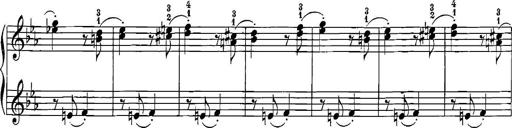
Title: 12 Sonatinas
Composer: Ignaz Pleyel